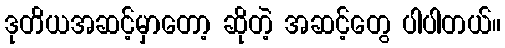
ဒုတိယအဆင့်မှာတော့ ဆိုတဲ့ အဆင့်တွေ ပါပါတယ်။